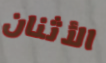
الأثنان